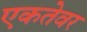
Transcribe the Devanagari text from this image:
एकतेवर